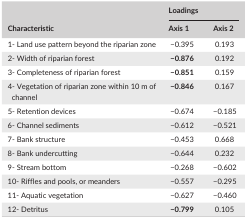
| <ROWSPAN=2> Characteristic | <COLSPAN=2> Loadings |
 | Axis 1 | Axis 2 |
 | --- | --- | --- |
 | 1‐ Land use pattern beyond the riparian zone | −0.395 | 0.193 |
 | 2‐ Width of riparian forest | −0.876 | 0.192 |
 | 3‐ Completeness of riparian forest | −0.851 | 0.159 |
 | 4‐ Vegetation of riparian zone within 10 m of channel | −0.846 | 0.167 |
 | 5‐ Retention devices | −0.674 | −0.185 |
 | 6‐ Channel sediments | −0.612 | −0.521 |
 | 7‐ Bank structure | −0.453 | 0.668 |
 | 8‐ Bank undercutting | −0.644 | 0.232 |
 | 9‐ Stream bottom | −0.268 | −0.602 |
 | 10‐ Riffles and pools, or meanders | −0.557 | −0.295 |
 | 11‐ Aquatic vegetation | −0.627 | −0.460 |
 | 12‐ Detritus | −0.799 | 0.105 |